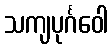
သကျပုင်္ဂဝေါ